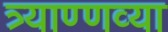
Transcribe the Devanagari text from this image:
त्र्याण्णव्या